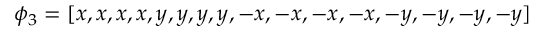
\phi _ { 3 } = [ x , x , x , x , y , y , y , y , - x , - x , - x , - x , - y , - y , - y , - y ]